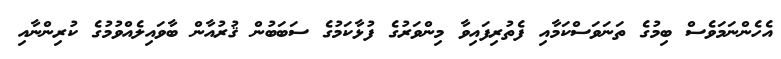
އެހެންނަމަވެސް ބިމުގެ ތަނަވަސްކަމާއި ފެތުރިފައިވާ މިންވަރުގެ ފުޅާކަމުގެ ސަބަބުން ޤުރުއާން ބާވައިލެއްވުމުގެ ކުރިންނާއި